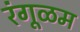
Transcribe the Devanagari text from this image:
रंगूळम